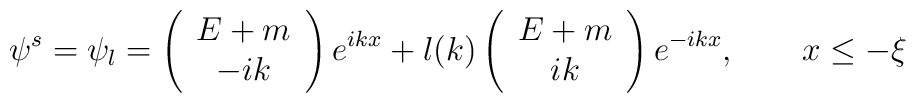
\psi ^{s}=\psi _{l}=\left( \begin{array}{c}E+m \\ -ik\end{array}\right) e^{ikx}+l(k)\left( \begin{array}{c}E+m \\ ik\end{array}\right) e^{-ikx},\qquad x\leq -\xi